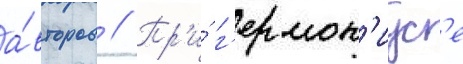
а́второв // Пр'и́ г'ермон'иус'е